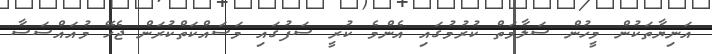
އަނިޔާތަކުން މީހުން ސަލާމަތް ކުރުމުގައި އެންމެ ކުރީ ސަފުގައި މަސައްކަތްކުރަން ޖެހޭ މުއައްސަސާ